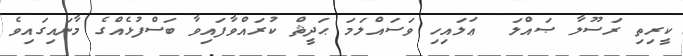
ކީރިތި ރަސޫލާ ޞައްލަ  ޢަލައިހި ވަސައްލަމަ ޙަދީޘް ކުރައްވާފައިވާ ބަސްފުޅެއްގެ މާނައިގައިވެ